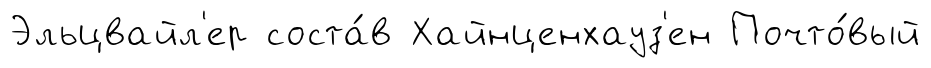
Эльцвайл'ер соста́в Хайнценхауз'ен Почто́вый